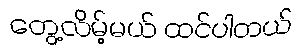
တွေ့လိမ့်မယ် ထင်ပါတယ်